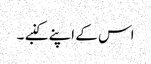
اس کے اپنے کنبے ۔